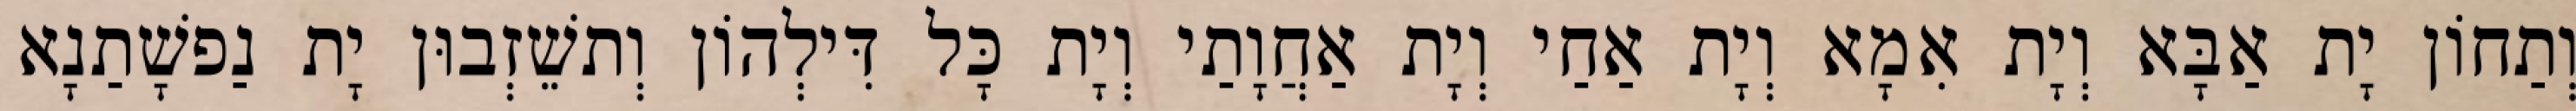
וְתַחוֹן יָת אַבָּא וְיָת אִמָא וְיָת אַחַי וְיָת אַחֲוָתַי וְיָת כָּל דִּילְהוֹן וְתשֵׁזְבוּן יָת נַפשָׁתַנָא